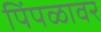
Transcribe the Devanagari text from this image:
पिंपळावर